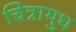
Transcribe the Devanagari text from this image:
चित्रायुध